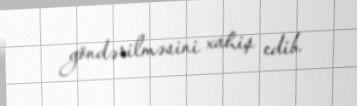
göndərilməsini xahiş edib.